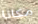
مكانا